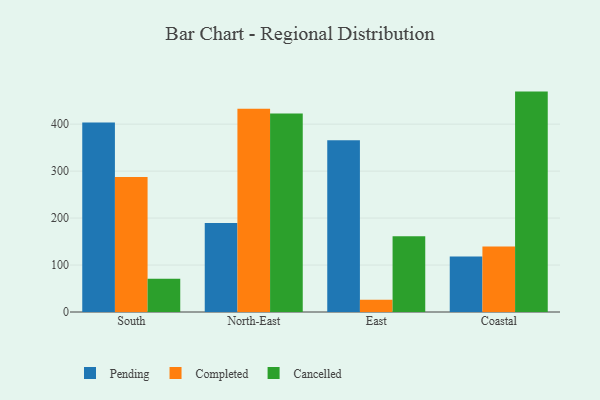
{"axis": {"x": "Region", "y": "Waste Production (Tons)"}, "legend": ["Cancelled", "Completed", "Pending"], "data": [{"x": "South", "y": 403.5, "type": "Pending"}, {"x": "South", "y": 287.2, "type": "Completed"}, {"x": "South", "y": 70.6, "type": "Cancelled"}, {"x": "North-East", "y": 189.4, "type": "Pending"}, {"x": "North-East", "y": 432.8, "type": "Completed"}, {"x": "North-East", "y": 422.5, "type": "Cancelled"}, {"x": "East", "y": 365.9, "type": "Pending"}, {"x": "East", "y": 26.2, "type": "Completed"}, {"x": "East", "y": 161.3, "type": "Cancelled"}, {"x": "Coastal", "y": 118.1, "type": "Pending"}, {"x": "Coastal", "y": 139.3, "type": "Completed"}, {"x": "Coastal", "y": 469.3, "type": "Cancelled"}]}